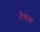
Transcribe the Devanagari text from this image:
टेकम